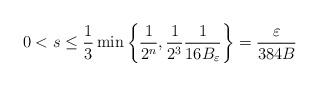
LaTeX: \begin{align*}0< s \leq \frac{1}{3}\min\left\{\frac{1}{2^n}, \frac{1}{2^3} \frac{1}{16 B_\varepsilon}\right\} = \frac{\varepsilon}{384 B}\end{align*}